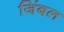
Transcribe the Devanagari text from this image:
जिंबल